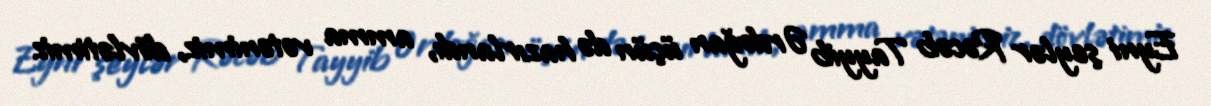
Eyni şeylər Rəcəb Tayyib Ərdoğan üçün də hazırlandı, amma vətənimiz, dövlətimiz